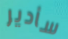
سأدير